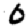
Digit: 0